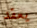
يعقد